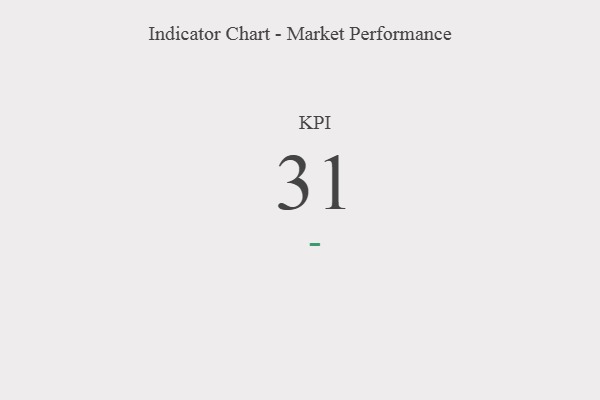
{"axis": {"x": "KPI", "y": "Value"}, "legend": [""], "data": [{"x": "KPI", "y": 31, "type": ""}]}